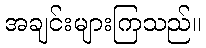
အချင်းများကြသည်။